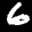
Label: 6